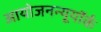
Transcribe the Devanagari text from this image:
आयोजनन्यूयॉर्क